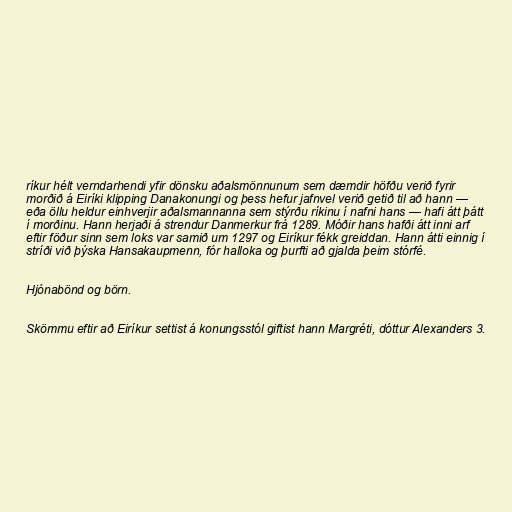
ríkur hélt verndarhendi yfir dönsku aðalsmönnunum sem dæmdir höfðu verið fyrir
morðið á Eiríki klipping Danakonungi og þess hefur jafnvel verið getið til að hann —
eða öllu heldur einhverjir aðalsmannanna sem stýrðu ríkinu í nafni hans — hafi átt þátt
í morðinu. Hann herjaði á strendur Danmerkur frá 1289. Móðir hans hafði átt inni arf
eftir föður sinn sem loks var samið um 1297 og Eiríkur fékk greiddan. Hann átti einnig í
stríði við þýska Hansakaupmenn, fór halloka og þurfti að gjalda þeim stórfé.

Hjónabönd og börn.

Skömmu eftir að Eiríkur settist á konungsstól giftist hann Margréti, dóttur Alexanders 3.